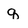
Character: q